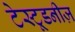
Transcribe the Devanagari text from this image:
टेस्टूडनीज़